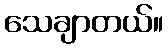
သေချာတယ်။